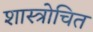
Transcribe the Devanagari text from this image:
शास्त्रोचित